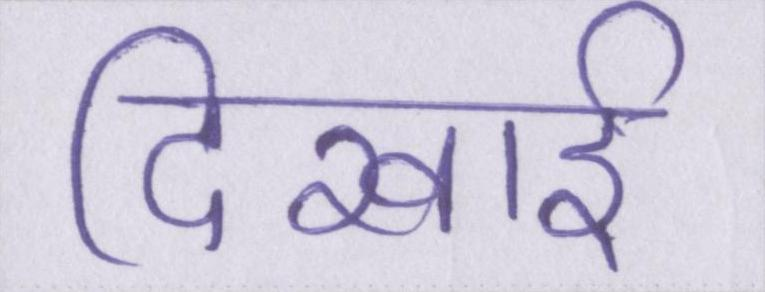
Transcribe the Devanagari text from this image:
दिखाई